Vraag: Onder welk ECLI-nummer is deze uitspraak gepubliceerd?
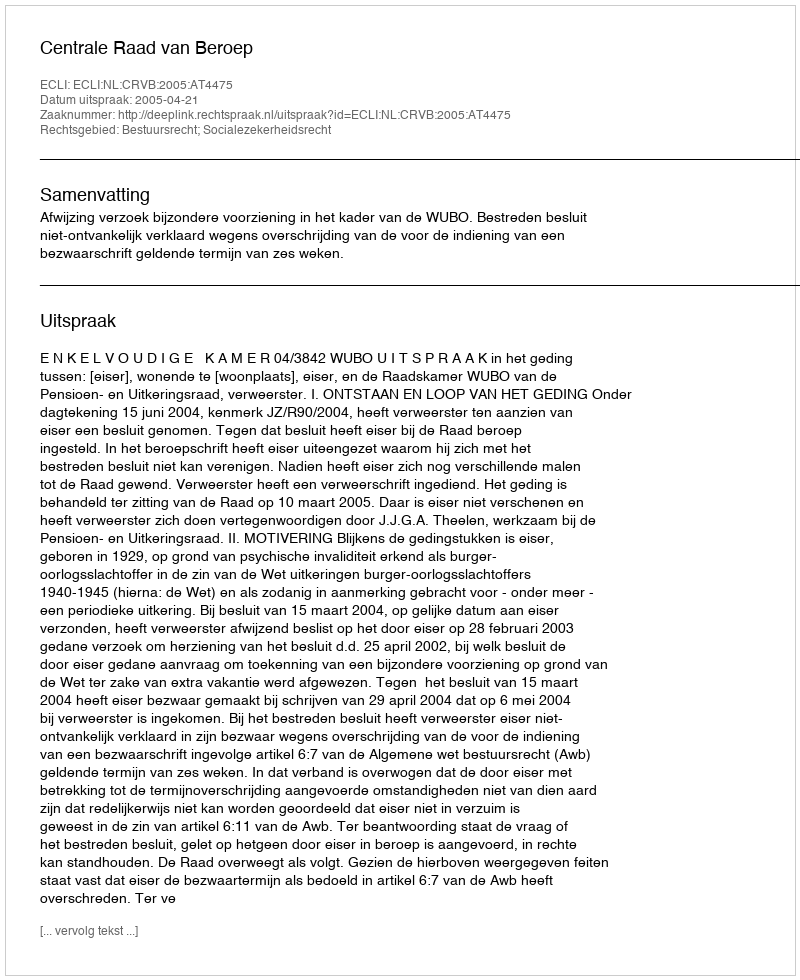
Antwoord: ECLI:NL:CRVB:2005:AT4475